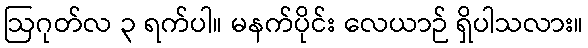
ဩဂုတ်လ ၃ ရက်ပါ။ မနက်ပိုင်း လေယာဉ် ရှိပါသလား။